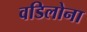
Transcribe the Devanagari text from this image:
वडिलोना